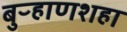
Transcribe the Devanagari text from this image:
बुऱ्हाणशहा